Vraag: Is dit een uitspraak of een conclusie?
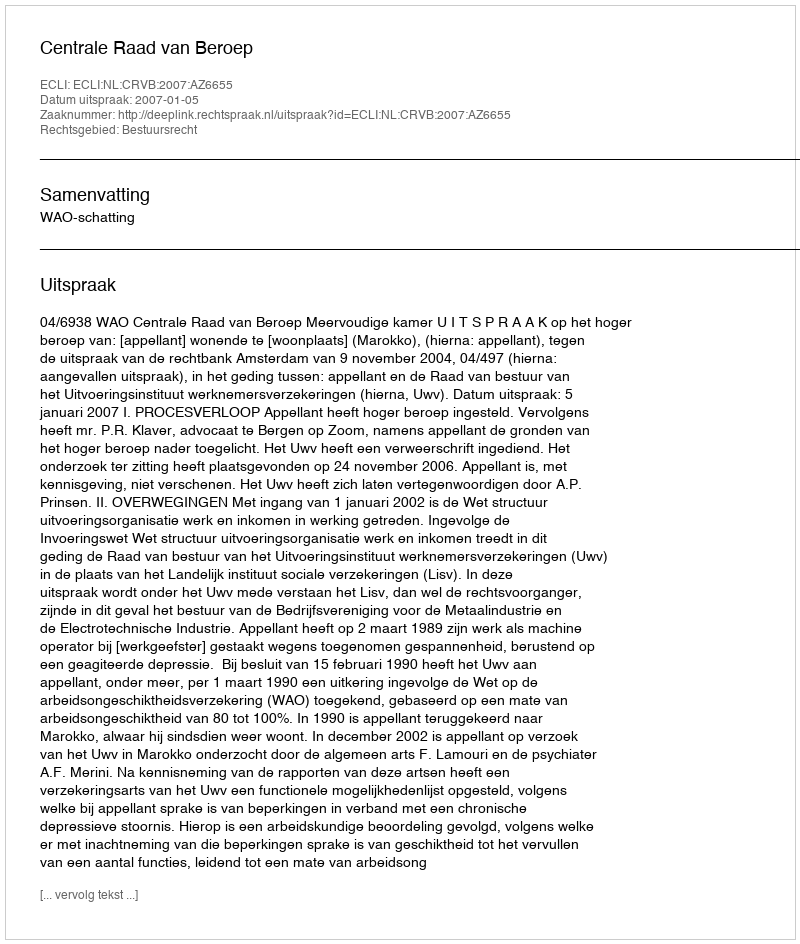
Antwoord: Uitspraak